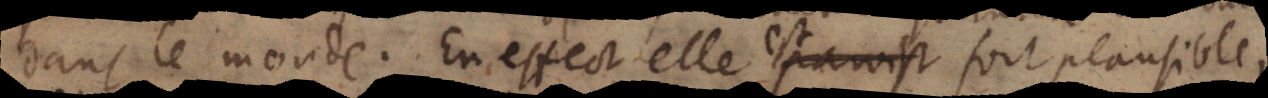
dans le monde. En effect elle paroist fort plausible,